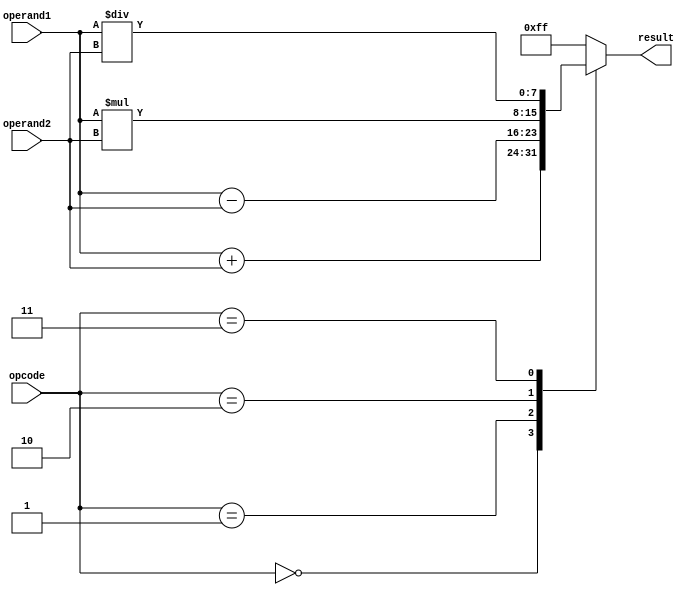
module Complex_ALU (
    input [7:0] operand1,
    input [7:0] operand2,
    input [2:0] opcode,
    output reg [7:0] result
);

reg [7:0] add_result;
reg [7:0] sub_result;
reg [7:0] mult_result;
reg [7:0] div_result;

always @(*) begin
    case(opcode)
        3'b000: begin // Addition
            add_result = operand1 + operand2;
            result = add_result;
        end
        3'b001: begin // Subtraction
            sub_result = operand1 - operand2;
            result = sub_result;
        end
        3'b010: begin // Multiplication
            mult_result = operand1 * operand2;
            result = mult_result;
        end
        3'b011: begin // Division
            div_result = operand1 / operand2;
            result = div_result;
        end
        default: begin
            $display("Invalid opcode");
            result = 8'hFF; // Set result as 'FF' if opcode is invalid
        end
    endcase
end

endmodule